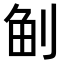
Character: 𠜪